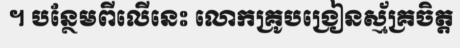
។ បន្ថែមពីលើនេះ លោកគ្រូបង្រៀនស្ម័គ្រចិត្ត